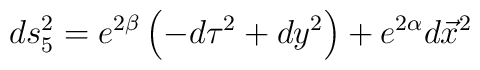
ds^2_5=e^{2\beta}\left(-d\tau^2 + dy^2\right)       + e^{2\alpha}d\vec{x}^2